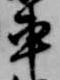
車